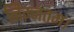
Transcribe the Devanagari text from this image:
निम्नतम।